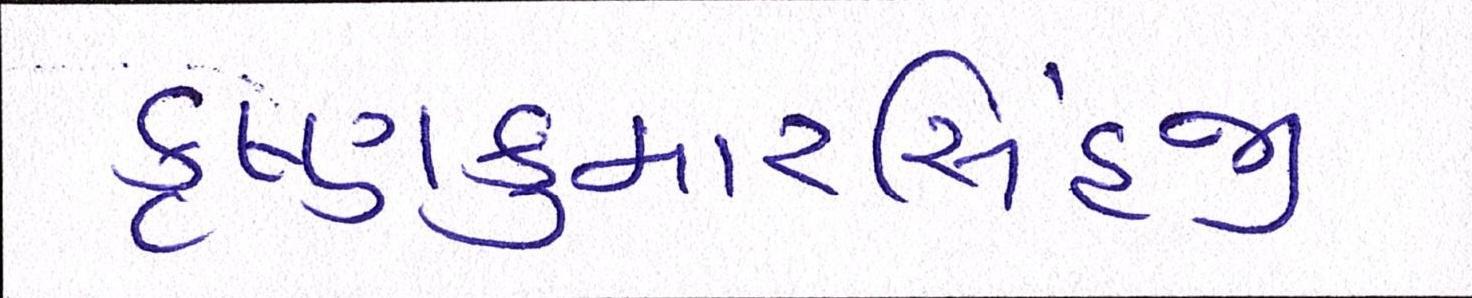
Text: કૃષ્ણકુમારસિંહજી